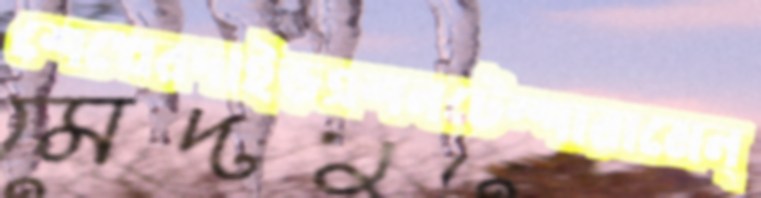
শেখেরদাইড়এশনটেম্পারামেন্